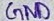
Text: GND